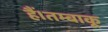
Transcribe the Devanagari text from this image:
हैं।तम्बाकू